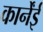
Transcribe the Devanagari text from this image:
कार्नेंई